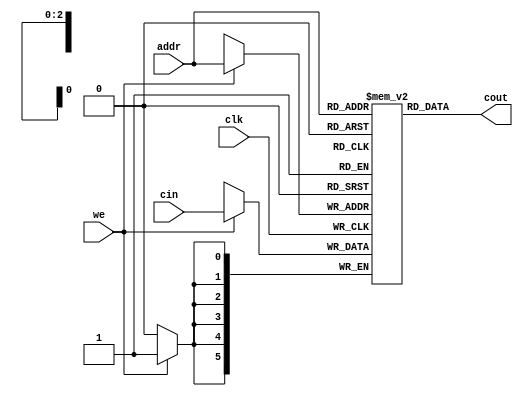
module mem
  # (parameter N = 3, M = 6)
    (input [N-1 : 0] addr,
     input [M-1 : 0] cin,
     input           clk,
     input           we,
     output [M-1: 0] cout);
  reg [M-1:0]  mem [2**N-1: 0];
    
    always @ (posedge clk)
      if (we) 
mem[addr] = cin;
    assign cout = mem[addr];
endmodule // mem